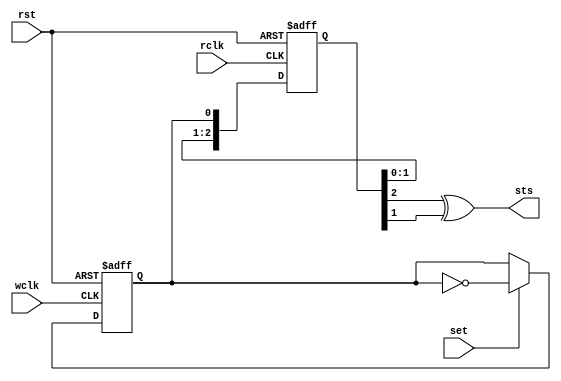
// reg_sync.v --- 
// 
// Description: 
// Maintainer: 
// Version: 
// Last-Updated: 
//           By: 
//     Update #: 0
// URL: 
// Keywords: 
// Compatibility: 
// 
// 

// Commentary: 
// 
// 
// 
// 

// Change log:
// 
// 
// 

// Copyright (C) 2008,2009 Beijing Soul tech.
// -------------------------------------
// Naming Conventions:
// 	active low signals                 : "*_n"
// 	clock signals                      : "clk", "clk_div#", "clk_#x"
// 	reset signals                      : "rst", "rst_n"
// 	generics                           : "C_*"
// 	user defined types                 : "*_TYPE"
// 	state machine next state           : "*_ns"
// 	state machine current state        : "*_cs"
// 	combinatorial signals              : "*_com"
// 	pipelined or register delay signals: "*_d#"
// 	counter signals                    : "*cnt*"
// 	clock enable signals               : "*_ce"
// 	internal version of output port    : "*_i"
// 	device pins                        : "*_pin"
// 	ports                              : - Names begin with Uppercase
// Code:
module reg_sync (/*AUTOARG*/
   // Outputs
   sts,
   // Inputs
   wclk, set, rst, rclk
   );
   input wclk;
   input set;
   input rst;

   input rclk;
   output sts;

   reg 	  tag;
   reg [2:0] sync;
   always @(posedge wclk or posedge rst)
     begin
	if (rst)
	  begin
	     tag <= #1 1'b0;
	  end
	else if (set)
	  begin
	     tag <= #1 ~tag;
	  end
     end // always @ (posedge wclk)
   always @(posedge rclk or posedge rst)
     begin
	if (rst)
	  begin
	     sync <= #1 0;	     
	  end
	else
	  begin
	     sync <= #1 {sync[1:0], tag};
	  end
     end
   assign sts = sync[2] ^ sync[1];
   // synthesis attribute ASYNC_REG of tag  is TRUE;
   // synthesis attribute ASYNC_REG of sync is TRUE;
endmodule
// 
// reg_sync.v ends here